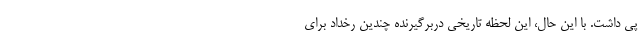
پی داشت. با این حال، این لحظه تاریخی دربرگیرنده چندین رخداد برای